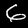
Label: 6